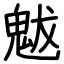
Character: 魃